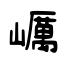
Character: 巁